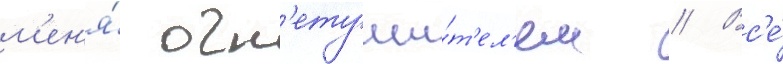
м'ен'я́ огн'етуши́т'ел'ем // Вс'е́